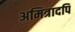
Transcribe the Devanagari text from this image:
अमित्रादपि